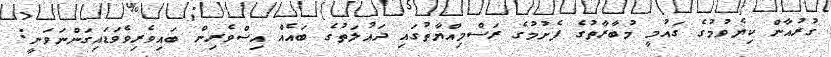
ގުރުއާން ކިޔެވުމުގެ ގައުމީ މުބާރާތުގެ ފެށުމުގެ ރަސްމިއްޔާތުގައި ދައުލަތުގެ ބައެއް އިސްވެރިން ބައިވެރިވެވަޑައިގަންނަވަނީ: